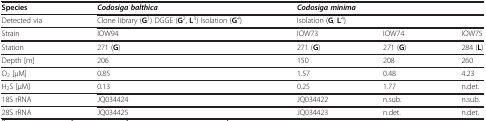
<table><thead><tr><td><b>Species</b></td><td><b><i>Codosiga balthica</i></b></td><td colspan="3"><b><i>Codosiga minima</i></b></td></tr></thead><tbody><tr><td>Detected via</td><td>Clone library (<b>G</b><sup>1</sup>) DGGE (<b>G</b><sup>2</sup>, <b>L</b><sup>3</sup>) Isolation (<b>G</b><sup>4</sup>)</td><td colspan="3">Isolation (<b>G</b>, <b>L</b><sup>4</sup>)</td></tr><tr><td>Strain</td><td>IOW94</td><td>IOW73</td><td>IOW74</td><td>IOW75</td></tr><tr><td>Station</td><td>271 (<b>G</b>)</td><td>271 (<b>G</b>)</td><td>271 (<b>G</b>)</td><td>284 (<b>L</b>)</td></tr><tr><td>Depth [m]</td><td>206</td><td>150</td><td>208</td><td>260</td></tr><tr><td>O<sub>2</sub> [μM]</td><td>0.85</td><td>1.57</td><td>0.48</td><td>4.23</td></tr><tr><td>H<sub>2</sub>S [μM]</td><td>0.13</td><td>0.25</td><td>1.77</td><td>n.det.</td></tr><tr><td>18S rRNA</td><td>JQ034424</td><td>JQ034422</td><td>n.sub.</td><td>n.sub.</td></tr><tr><td>28S rRNA</td><td>JQ034425</td><td>JQ034423</td><td>n.det.</td><td>n.det.</td></tr></tbody></table>